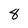
Character: 8